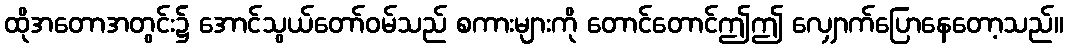
ထိုအတောအတွင်း၌ အောင်သွယ်တော်ဝမ်သည် စကားများကို တောင်တောင်ဤဤ လျှောက်ပြောနေတော့သည်။